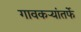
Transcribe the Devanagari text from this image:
गावकऱ्यांतर्फे